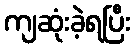
ကျဆုံးခဲ့ရပြီး